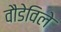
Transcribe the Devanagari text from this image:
वौडेविले